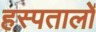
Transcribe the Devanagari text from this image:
हस्पतालों